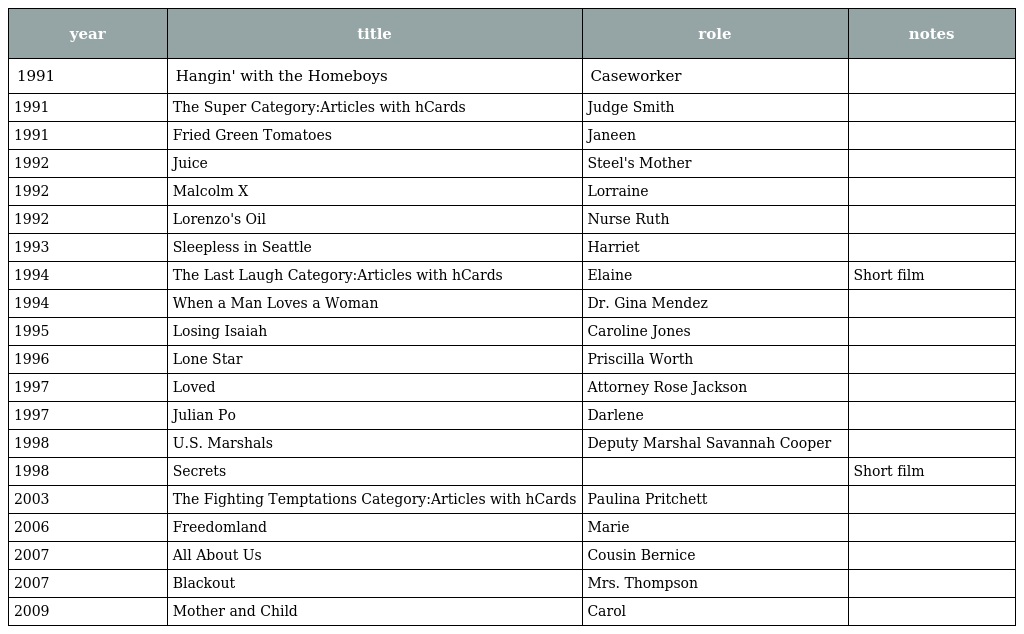
| year | title | role | notes |
 | --- | --- | --- | --- |
 | 1991 | Hangin' with the Homeboys | Caseworker |  |
 | 1991 | The Super Category:Articles with hCards | Judge Smith |  |
 | 1991 | Fried Green Tomatoes | Janeen |  |
 | 1992 | Juice | Steel's Mother |  |
 | 1992 | Malcolm X | Lorraine |  |
 | 1992 | Lorenzo's Oil | Nurse Ruth |  |
 | 1993 | Sleepless in Seattle | Harriet |  |
 | 1994 | The Last Laugh Category:Articles with hCards | Elaine | Short film |
 | 1994 | When a Man Loves a Woman | Dr. Gina Mendez |  |
 | 1995 | Losing Isaiah | Caroline Jones |  |
 | 1996 | Lone Star | Priscilla Worth |  |
 | 1997 | Loved | Attorney Rose Jackson |  |
 | 1997 | Julian Po | Darlene |  |
 | 1998 | U.S. Marshals | Deputy Marshal Savannah Cooper |  |
 | 1998 | Secrets |  | Short film |
 | 2003 | The Fighting Temptations Category:Articles with hCards | Paulina Pritchett |  |
 | 2006 | Freedomland | Marie |  |
 | 2007 | All About Us | Cousin Bernice |  |
 | 2007 | Blackout | Mrs. Thompson |  |
 | 2009 | Mother and Child | Carol |  |